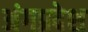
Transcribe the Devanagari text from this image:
अंगप्रदेश